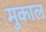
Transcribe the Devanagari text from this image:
मुकाल